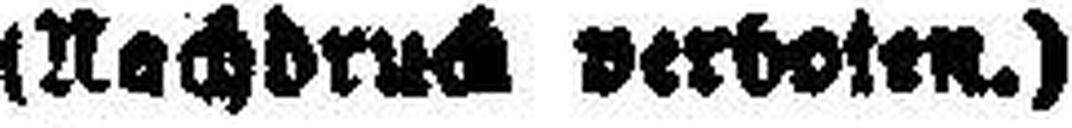
(Nachdruch verboten.)